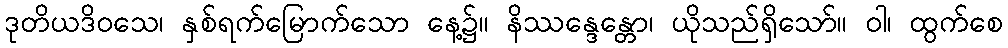
ဒုတိယဒိဝသေ၊ နှစ်ရက်မြောက်သော နေ့၌။ နိဿန္ဒေန္တော၊ ယိုသည်ရှိသော်။ ဝါ၊ ထွက်စေ